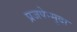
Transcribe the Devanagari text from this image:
प्रजपेन्मुदा